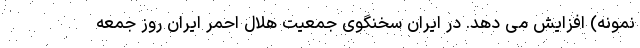
نمونه) افزایش می دهد. در ایران سخنگوی جمعیت هلال احمر ایران روز جمعه